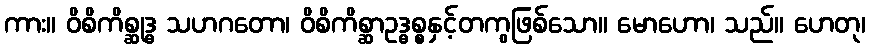
ကား။ ဝိစိကိစ္ဆုဒ္ဓ သဟဂတော၊ ဝိစိကိစ္ဆာဥဒ္ဓစ္စနှင့်တကွဖြစ်သော။ မောဟော၊ သည်။ ဟေတု၊